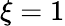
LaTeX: \xi=1